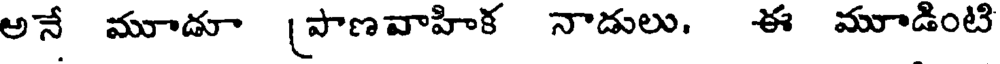
అనే మూడూ (పాణవాహిక నాడులు, ఈ మూడింటి